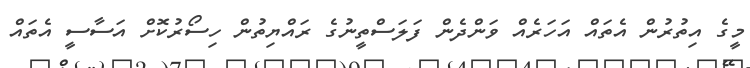
މީގެ އިތުރުން އެތައް އަހަރެއް ވަންދެން ފަލަސްތީނުގެ ރައްޔިތުން ހިސޯރުކޮށް އަސާސީ އެތައް